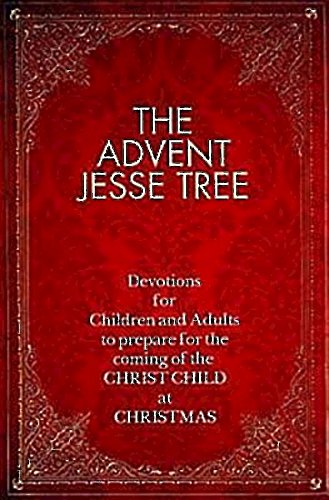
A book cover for The Advent Jesse Tree: Devotions for Children and Adults to Prepare for the Coming of the Christ Child at Christmas; Dean Lambert Smith; Christian Books & Bibles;